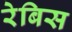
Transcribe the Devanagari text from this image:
रेबिस